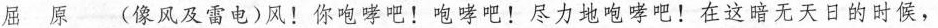
屈 原 (像风及雷电)风！你咆哮吧！咆哮吧！尽力地咆哮吧！在这暗无天日的时候，